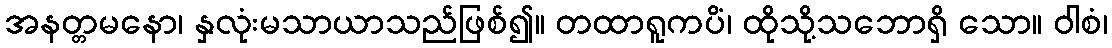
အနတ္တမနော၊ နှလုံးမသာယာသည်ဖြစ်၍။ တထာရူကပိံ၊ ထိုသို့သဘောရှိ သော။ ဝါစံ၊